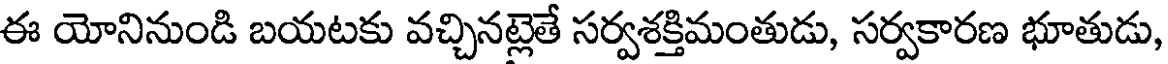
ఈ యోనినుండి బయటకు వచ్చినట్లెతే సర్వశక్తిమంతుడు, సర్వకారణ భూతుడు,